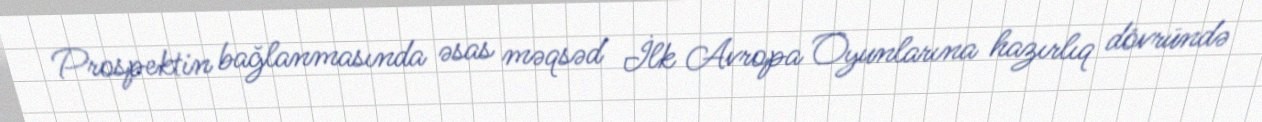
Prospektin bağlanmasında əsas məqsəd İlk Avropa Oyunlarına hazırlıq dövründə